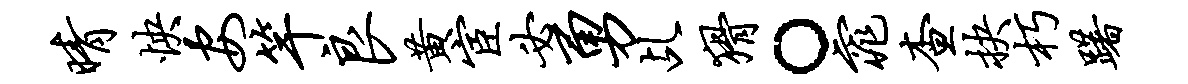
晴怏安竿良黄宦必勇乩猾。窕查抉朽躇